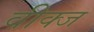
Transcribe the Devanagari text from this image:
वीक्ज